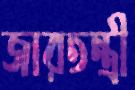
জারতন্ত্রী